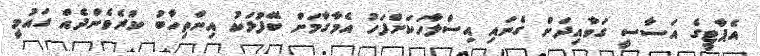
އެޕާޓީގެ އަސާސީ ގަވާއިދަށް ގެނައި އިސްލާހަކަށްފަހު އެމާގާމަށް ބޭފުޅަކު އިންތިހާބު ކުރެވެންދެއް ގައުމީ